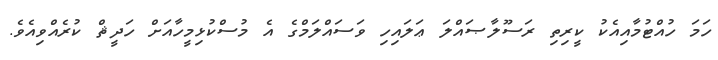
ހަމަ ހުއްޓުމާއިއެކު ކީރިތި ރަސޫލާޞައްލަ ޢަލައިހި ވަސައްލަމްގެ އެ މުސްކުޅިމީހާއަށް ހަދީޘް ކުރެއްވިއެވެ.